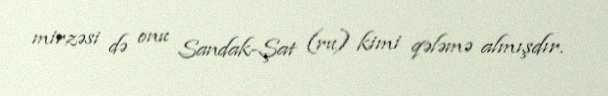
mirzəsi də onu Sandak-Şat (ru) kimi qələmə almışdır.